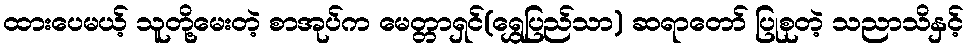
ထားပေမယ့် သူတို့မေးတဲ့ စာအုပ်က မေတ္တာရှင်(ရွှေပြည်သာ) ဆရာတော် ပြုစုတဲ့ သညာသိနှင့်